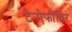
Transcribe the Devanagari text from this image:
टेनोफोविर